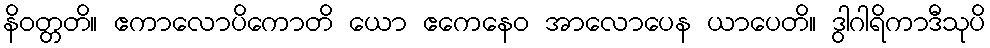
နိဝတ္တတိ။ ဧကာလောပိကောတိ ယော ဧကေနေဝ အာလောပေန ယာပေတိ။ ဒွါဂါရိကာဒီသုပိ